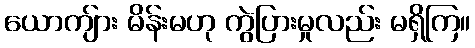
ယောကျ်ား မိန်းမဟု ကွဲပြားမှုလည်း မရှိကြ။